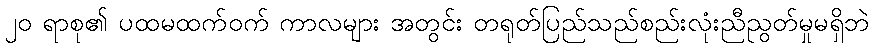
၂၀ ရာစု၏ ပထမထက်ဝက် ကာလများ အတွင်း တရုတ်ပြည်သည်စည်းလုံးညီညွတ်မှုမရှိဘဲ